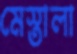
মেস্তালা